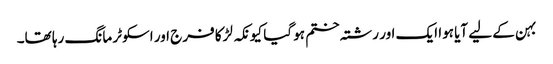
بہن کے لیے آیا ہوا ایک اور رشتہ ختم ہو گیا کیونکہ لڑکا فرج اور اسکوٹر مانگ رہا تھا۔